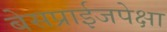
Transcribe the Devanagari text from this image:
बेसप्राईजपेक्षा